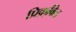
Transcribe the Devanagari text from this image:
प्रिक़्विल